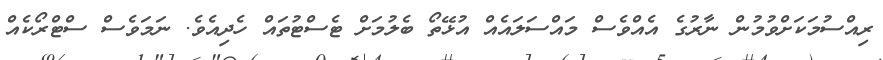
ރިއްސުމަކަށްވުމުން ނާރުގެ އެއްވެސް މައްސަލައެއް އުޅޭތޯ ބެލުމަށް ޓެސްޓުތައް ހެދިއެވެ. ނަމަވެސް ސްޓްރޯކެއް